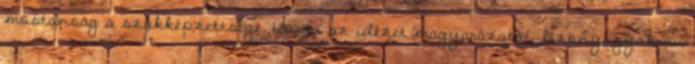
mostanság a szakképzettsége. Köszi az idézet magyarázatát, bizony, gyakran